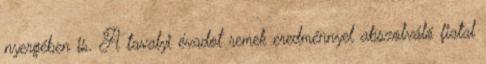
nyergében is. A tavalyi évadot remek eredménnyel abszolváló fiatal